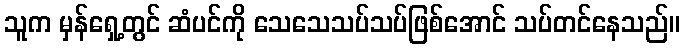
သူက မှန်ရှေ့တွင် ဆံပင်ကို သေသေသပ်သပ်ဖြစ်အောင် သပ်တင်နေသည်။